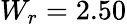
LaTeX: W_{r}=2.50